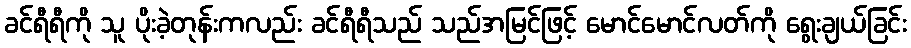
ခင်ရီရီကို သူ ပိုးခဲ့တုန်းကလည်း ခင်ရီရီသည် သည်အမြင်ဖြင့် မောင်မောင်လတ်ကို ရွေးချယ်ခြင်း